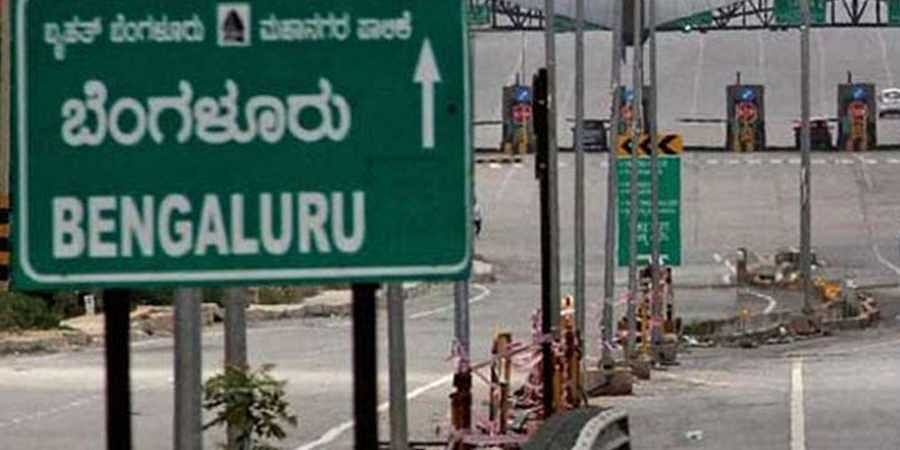
Language: kannada
Transcription: ಬೆಂಗಳೂರು